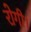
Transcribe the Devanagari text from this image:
रोगी।